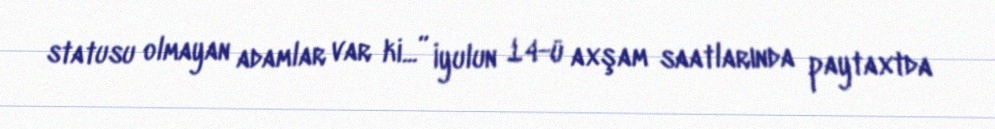
statusu olmayan adamlar var ki...” İyulun 14-ü axşam saatlarında paytaxtda